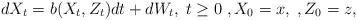
LaTeX: \begin{align*}dX_t = b(X_t, Z_t) dt + dW_t,\; t\geq0 \; , X_0 = x, \;, Z_0 = z,\end{align*}